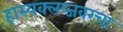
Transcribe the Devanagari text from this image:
हास्यक्लब्जवरचा